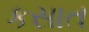
કસાત